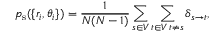
p _ { \mathrm { s } } ( \{ r _ { i } , \theta _ { i } \} ) = \frac { 1 } { N ( N - 1 ) } \sum _ { s \in V } \sum _ { \substack { t \in V \, t \neq s } } \delta _ { s \rightarrow t } ,